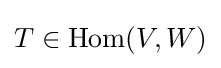
T\in \operatorname {Hom} (V,W)